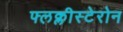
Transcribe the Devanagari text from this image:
फ्लक्लीस्टेरोन